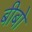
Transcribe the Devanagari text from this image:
बीबो